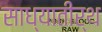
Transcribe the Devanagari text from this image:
साध्यातीर्थ